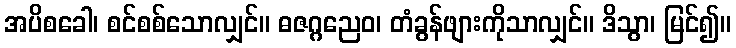
အပိစခေါ၊ စင်စစ်သောလျှင်။ ဓဇဂ္ဂညေဝ၊ တံခွန်ဖျားကိုသာလျှင်။ ဒိသွာ၊ မြင်၍။